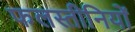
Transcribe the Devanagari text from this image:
फलस्तीनियों